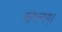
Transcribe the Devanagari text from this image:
मांगल्यम्।